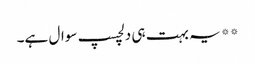
**یہ بہت ہی دلچسپ سوال ہے۔